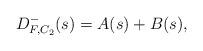
LaTeX: \begin{align*}D_{F, C_2}^-(s)=A(s) + B(s),\end{align*}